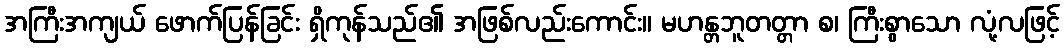
အကြီးအကျယ် ဖောက်ပြန်ခြင်း ရှိကုန်သည်၏ အဖြစ်လည်းကောင်း။ မဟန္တဘူတတ္တာ စ၊ ကြီးစွာသော လုံ့လဖြင့်